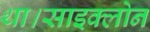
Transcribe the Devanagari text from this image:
था।साइक्लोन